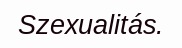
Szexualitás.